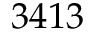
3 4 1 3